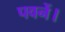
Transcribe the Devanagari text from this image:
पवनें।